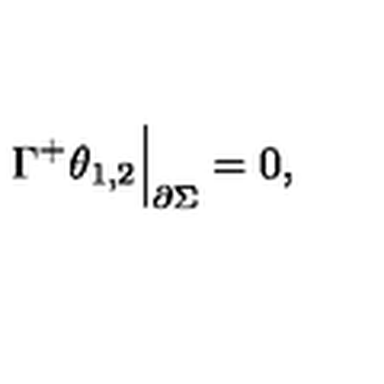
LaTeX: \Gamma ^ { + } \theta _ { 1 , 2 } \Big | _ { \partial \Sigma } = 0 ,